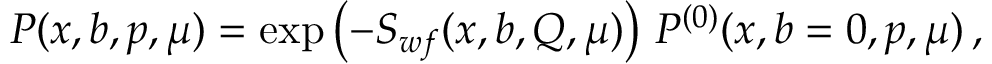
{ \cal P } ( x , b , p , \mu ) = \exp \left( - S _ { w f } ( x , b , Q , \mu ) \right) \, { \cal P } ^ { ( 0 ) } ( x , b = 0 , p , \mu ) \, ,